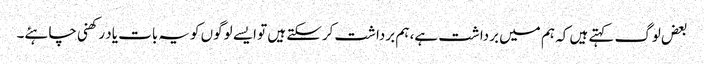
بعض لوگ کہتے ہیں کہ ہم میں برداشت ہے، ہم برداشت کرسکتے ہیں تو ایسے لوگوں کویہ بات یاد رکھنی چاہئے۔